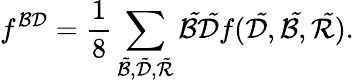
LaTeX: f^{{\cal{B}}{\cal{D}}}=\frac{1}{8}\sum_{\tilde{\cal B},\tilde{\cal D},\tilde{\cal R}}{\cal\tilde{B}}{\cal\tilde{D}}f({\cal\tilde{D}},{\cal\tilde{B}},{\cal\tilde{R}}).